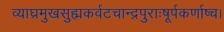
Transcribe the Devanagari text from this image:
व्याघ्रमुखसुह्मकर्वटचान्द्रपुराःषूर्पकर्णाष्च।